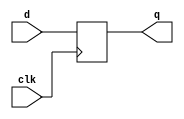
module d_ff (
    input clk,d,
    output reg q
);
    always@(posedge clk) 
        q<=d;
endmodule

module d_ff_r (
    input clk,rst_n,d,
    output reg q
);
    always@(posedge clk)
    begin
        if(rst_n==0)
            q<=1'b0;
        else
            q<=d;
    end
endmodule

module d_ff_s (
    input clk,rst_n,d,
    output reg q
);
    always@(posedge clk or negedge rst_n)
    begin
        if(rst_n==0)
            q<=1'b0;
        else
            q<=d;
    end
endmodule